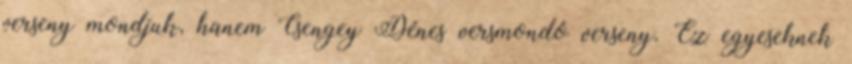
verseny mondjuk, hanem Csengey Dénes versmondó verseny. Ez egyeseknek